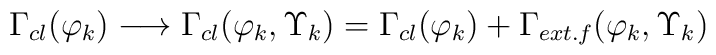
\Gamma_{cl}(\varphi_k) \longrightarrow \Gamma_{cl}(\varphi_k, \Upsilon_k) = \Gamma_{cl}(\varphi_k) + \Gamma_{ext.f} (\varphi_k , \Upsilon_k)